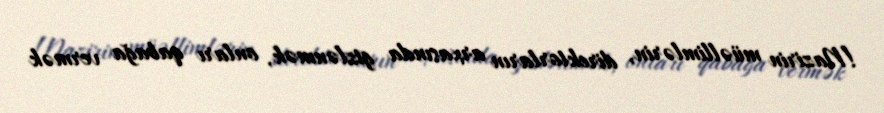
!Nazirin müəllimlərin, direktorların arxasında gizlənmək, onları qabağa vermək